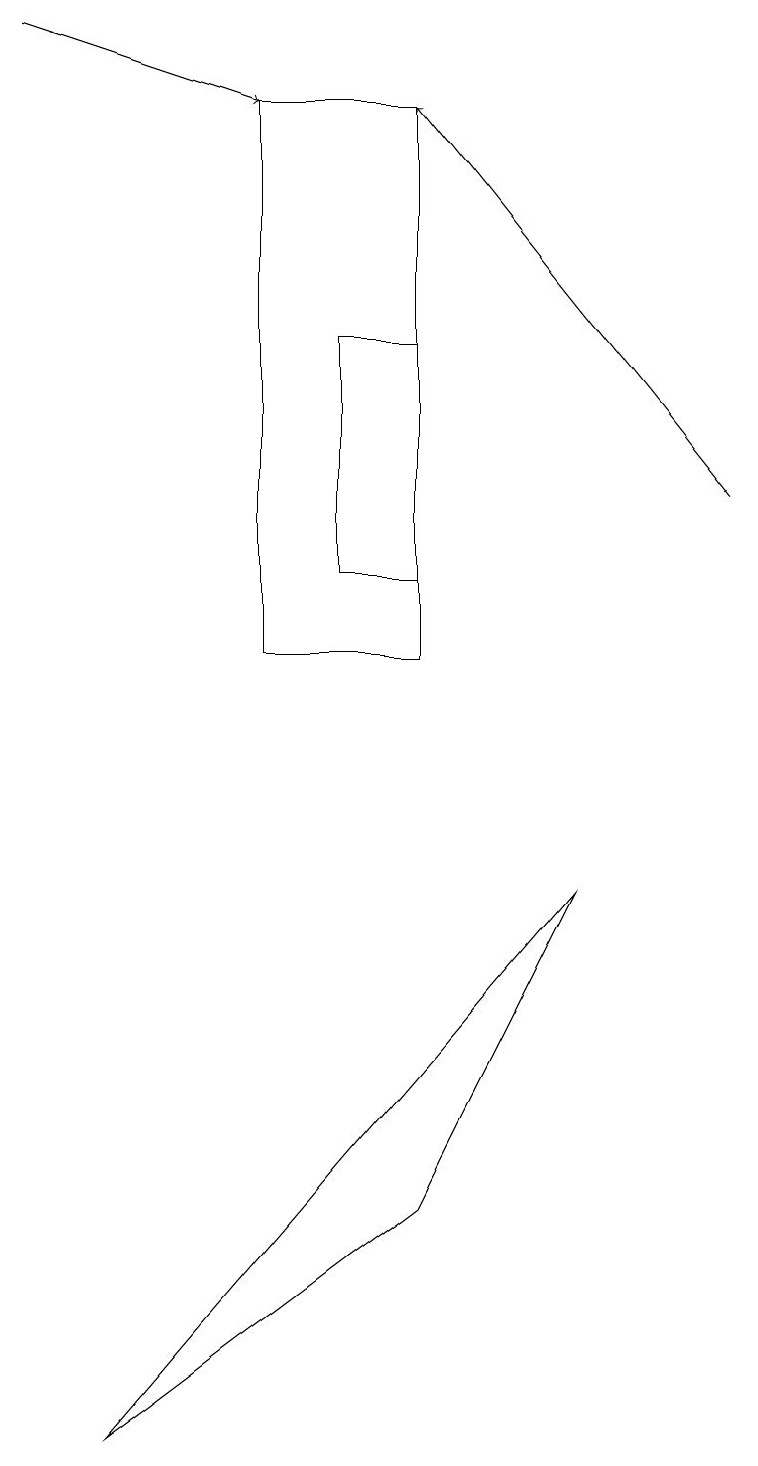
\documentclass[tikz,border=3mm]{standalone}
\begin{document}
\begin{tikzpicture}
\draw[->] (9,13) -- (5,18);
\draw[->] (0,19) -- (3,18);
\draw (7,8) -- (5,4) -- (1,1) -- cycle;
\draw (5,15) rectangle (4,12);
\draw (3,11) rectangle (5,18);
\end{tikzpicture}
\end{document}